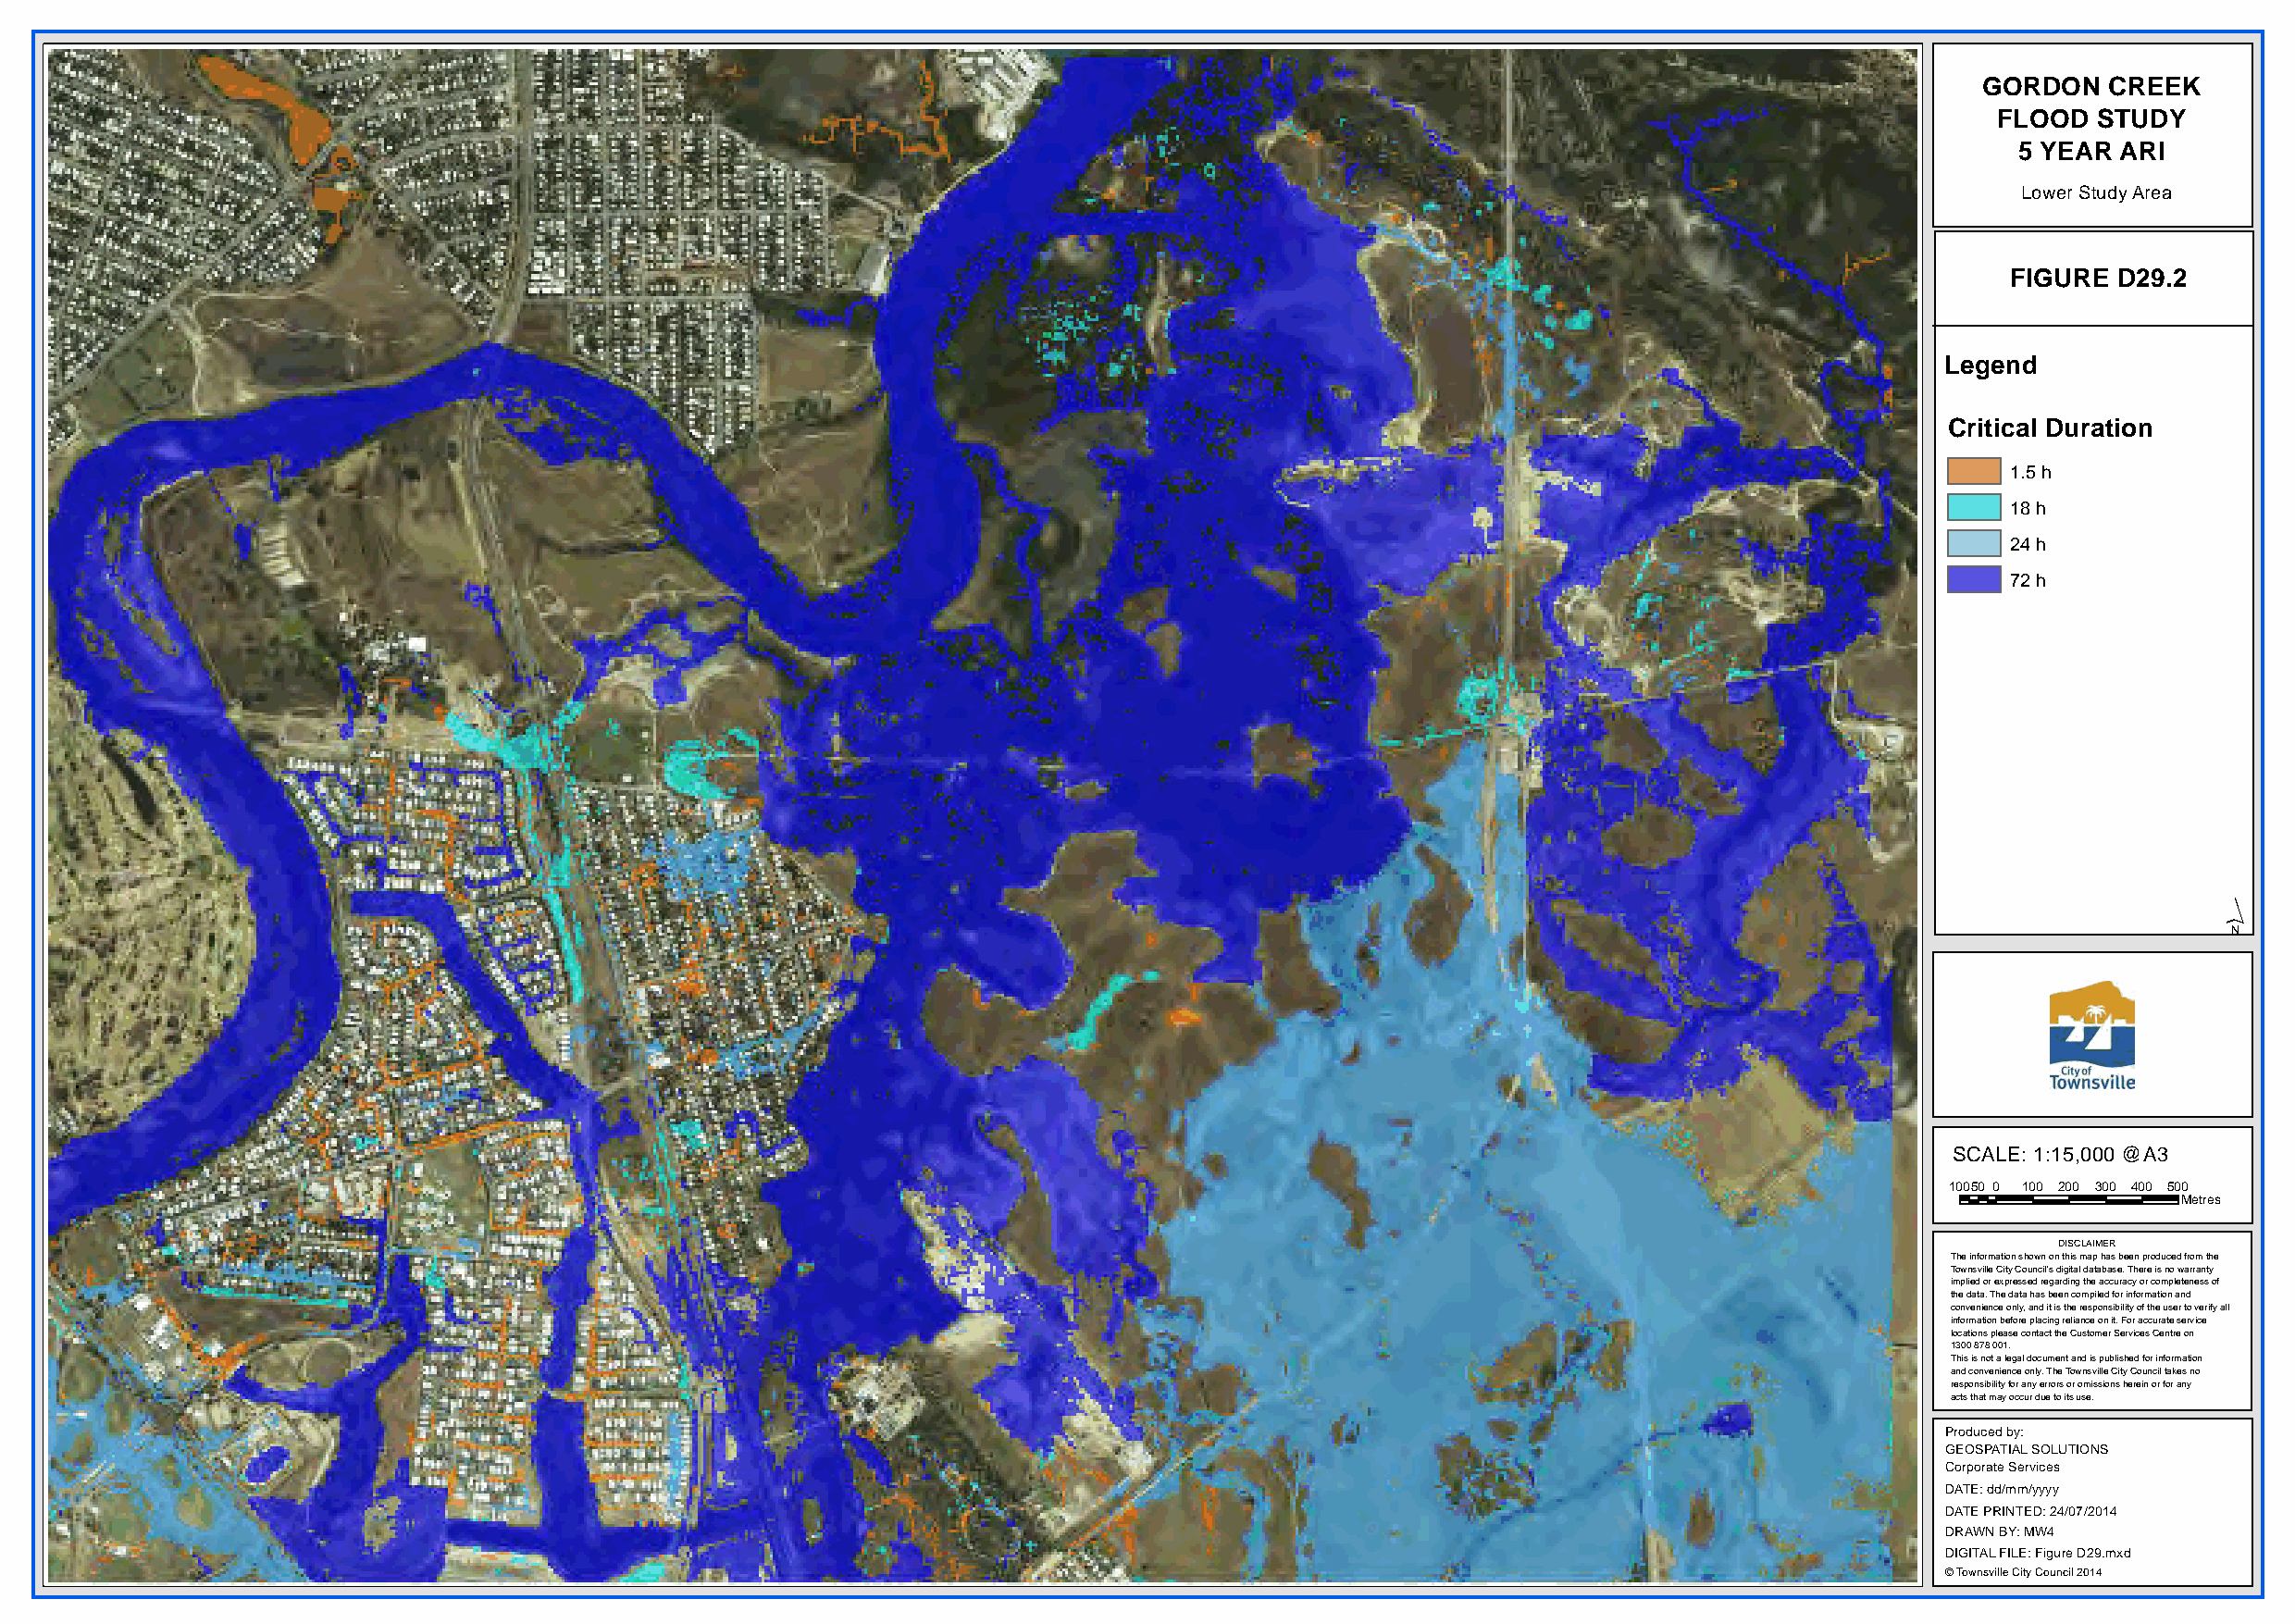
GORDON   CREEK
 FLOOD  STUDY
 5 YEAR  ARI
 Lower Study Area
 FIGURE D29.2
 Legend
 Critical Duration
 1.5 h
 18 h
 24 h
 72 h
 ´
 SCALE: 1:15,000 @A3
 10050 0 100 200 300 400 500
 Metres
 DISCLAIMER
 The information shown on this map has been produced from the
 Townsville City Council's digital database. There is no warranty
 implied or expressed regarding the accuracy or completeness of
 the data. The data has been compiled for information and
 convenience only, and it is the responsibility of the user to verify all
 information before placing reliance on it. For accurate service
 locations please contact the Customer Services Centre on
 1300 878 001.
 This is not a legal document and is published for information
 and convenience only. The Townsville City Council takes no
 responsibility for any errors or omissions herein or for any
 acts that may occur due to its use.
 Produced by:
 GEOSPATIAL SOLUTIONS
 Corporate Services
 DATE: dd/mm/yyyy
 DATE PRINTED: 24/07/2014
 DRAWN BY: MW4
 DIGITAL FILE: Figure D29.mxd
 © Townsville City Council 2014